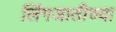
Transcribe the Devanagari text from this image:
लिंगजातीच्या